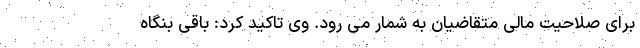
برای صلاحیت مالی متقاضیان به شمار می رود. وی تاکید کرد: باقی بنگاه